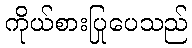
ကိုယ်စားပြုပေသည်